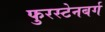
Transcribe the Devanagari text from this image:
फुरस्टेनबर्ग